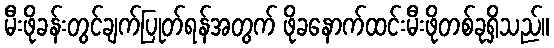
မီးဖိုခန်းတွင်ချက်ပြုတ်ရန်အတွက် ဖိုခနောက်ထင်းမီးဖိုတစ်ခုရှိသည်။